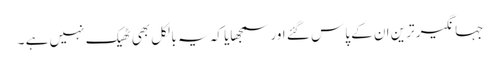
جہانگیر ترین ان کے پاس گئے اور سمجھایا کہ یہ بالکل بھی ٹھیک نہیں ہے ۔